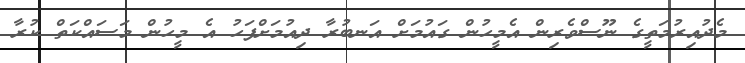
މެދުއިރުމަތީގެ ނޫސްވެރިން އެމީހުން ގައުމަށް އަނބުރާ ދިއުމަށްފަހު އެ މީހުން މަސައްކަތް ކުރާ